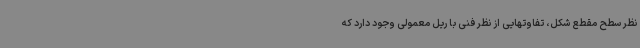
نظر سطح مقطع شکل، تفاوتهایی از نظر فنی با ریل معمولی وجود دارد که